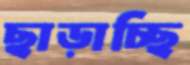
ছাড়াচ্ছি